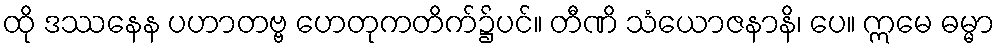
ထို ဒဿနေန ပဟာတဗ္ဗ ဟေတုကတိက်၌ပင်။ တီဏိ သံယောဇနာနိ၊ ပေ။ ဣမေ ဓမ္မာ